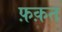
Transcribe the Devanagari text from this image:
फ़क़त